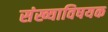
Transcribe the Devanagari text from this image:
संख्याविषयक